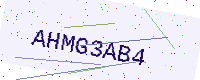
Text: AHMG3AB4